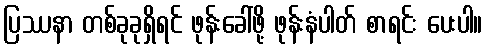
ပြဿနာ တစ်ခုခုရှိရင် ဖုန်းခေါ်ဖို့ ဖုန်းနံပါတ် စာရင်း ပေးပါ။